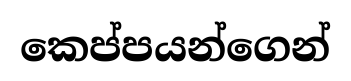
කෙප්පයන්ගෙන්